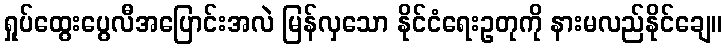
ရှုပ်ထွေးပွေလီအပြောင်းအလဲ မြန်လှသော နိုင်ငံရေးဥတုကို နားမလည်နိုင်ချေ။